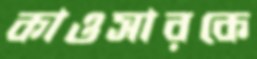
কাওসারকে